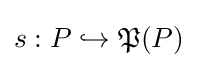
s:P\hookrightarrow {\mathfrak {P}}(P)